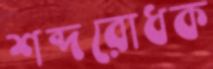
শব্দরোধক